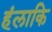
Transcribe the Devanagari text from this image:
हंलाकि